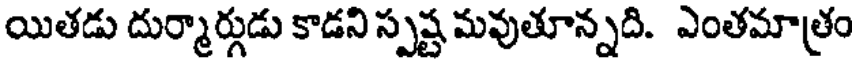
యితడు దుర్మార్గుడు కాడని స్పష్ట మవుతూన్నది. ఎంతమాత్రం